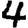
Digit: 4